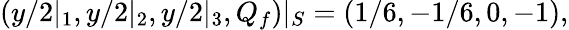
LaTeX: (y/2|_{1},y/2|_{2},y/2|_{3},Q_{f})|_{S}=(1/6,-1/6,0,-1),